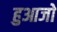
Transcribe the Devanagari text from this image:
हुआजो